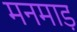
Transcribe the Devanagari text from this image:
मनमाड़